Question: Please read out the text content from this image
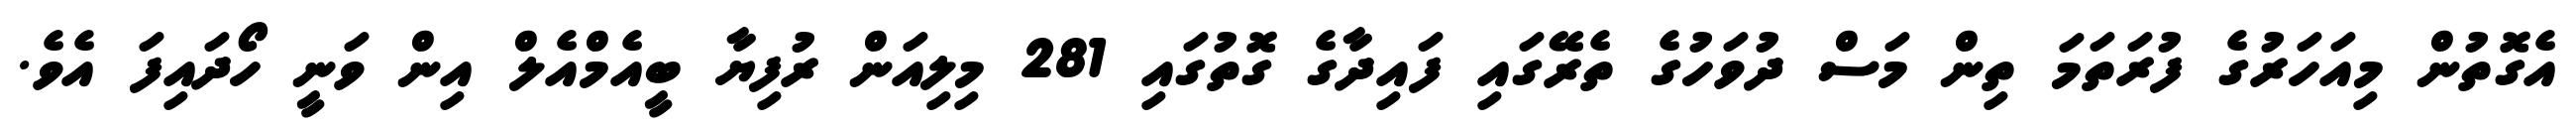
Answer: އެގޮތުން މިއަހަރުގެ ފުރަތަމަ ތިން މަސް ދުވަހުގެ ތެރޭގައި ފައިދާގެ ގޮތުގައި 281 މިލިއަން ރުފިޔާ ބީއެމްއެލް އިން ވަނީ ހޯދައިފަ އެވެ.